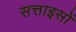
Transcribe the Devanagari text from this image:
सत्ताइसों